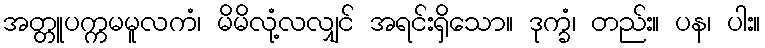
အတ္တူပက္ကမမူလကံ၊ မိမိလုံ့လလျှင် အရင်းရှိသော။ ဒုက္ခံ၊ တည်း။ ပန၊ ပါး။